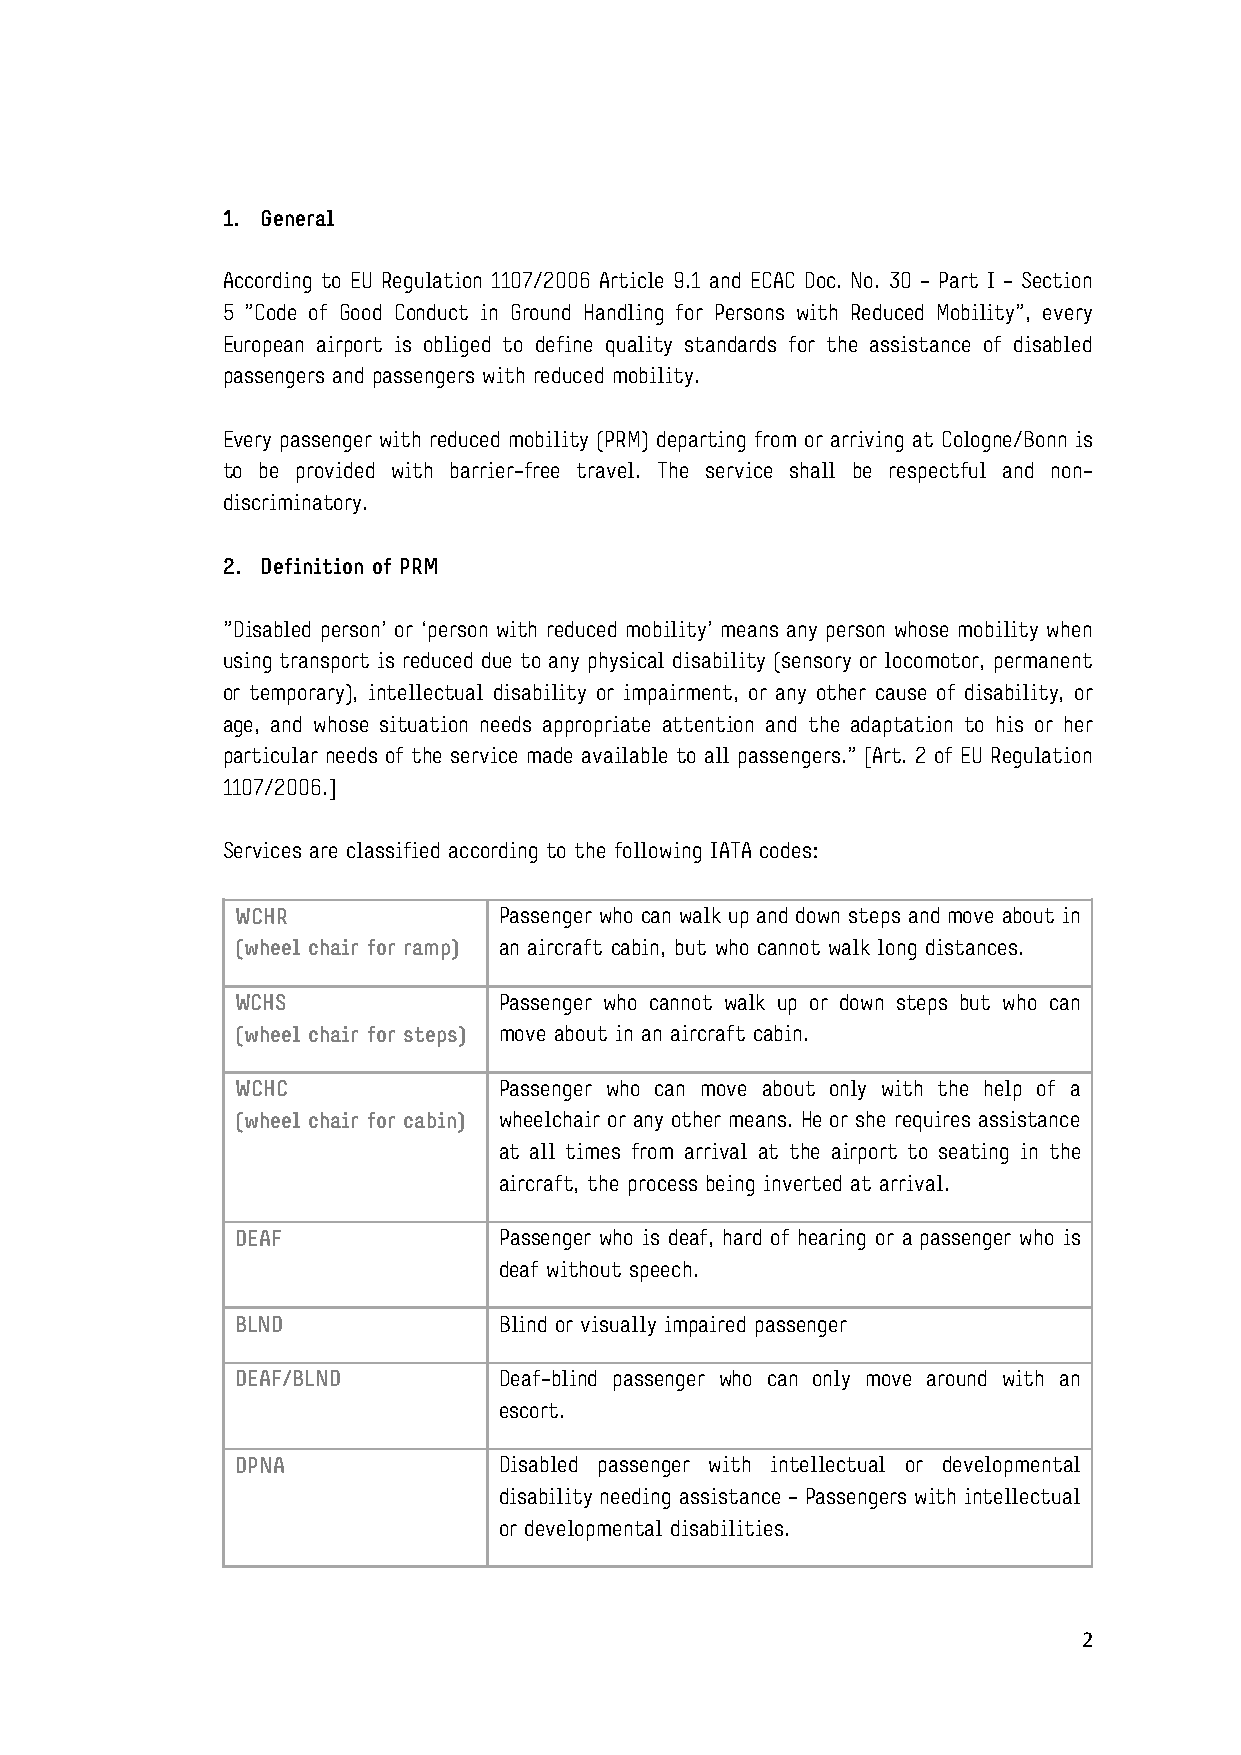
1. General
 According to EU Regulation 1107/2006 Article 9.1 and ECAC Doc. No. 30 - Part I - Section
 5 "Code of Good Conduct in Ground Handling for Persons with Reduced Mobility", every
 European airport is obliged to define quality standards for the assistance of disabled
 passengers and passengers with reduced mobility.
 Every passenger with reduced mobility (PRM) departing from or arriving at Cologne/Bonn is
 to be provided with barrier-free travel. The service shall be respectful and non-
 discriminatory.
 2. Definition of PRM
 "Disabled person’ or ‘person with reduced mobility’ means any person whose mobility when
 using transport is reduced due to any physical disability (sensory or locomotor, permanent
 or temporary), intellectual disability or impairment, or any other cause of disability, or
 age, and whose situation needs appropriate attention and the adaptation to his or her
 particular needs of the service made available to all passengers." [Art. 2 of EU Regulation
 1107/2006.]
 Services are classified according to the following IATA codes:
 WCHR             Passenger who can walk up and down steps and move about in
 (wheel chair for ramp) an aircraft cabin, but who cannot walk long distances.
 WCHS             Passenger who cannot walk up or down steps but who can
 (wheel chair for steps) move about in an aircraft cabin.
 WCHC             Passenger who can move about only with the help of a
 (wheel chair for cabin) wheelchair or any other means. He or she requires assistance
 at all times from arrival at the airport to seating in the
 aircraft, the process being inverted at arrival.
 DEAF             Passenger who is deaf, hard of hearing or a passenger who is
 deaf without speech.
 BLND             Blind or visually impaired passenger
 DEAF/BLND        Deaf-blind passenger who can only move around with an
 escort.
 DPNA             Disabled passenger with intellectual or developmental
 disability needing assistance - Passengers with intellectual
 or developmental disabilities.
 2